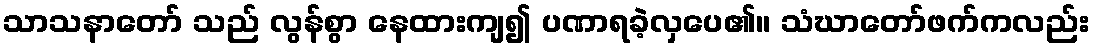
သာသနာတော် သည် လွန်စွာ နေထားကျ၍ ပဏာရခဲ့လှပေ၏။ သံဃာတော်ဖက်ကလည်း